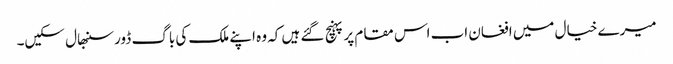
میرے خیال میں افغان اب اس مقام پر پہنچ گئے ہیں کہ وہ اپنے ملک کی باگ ڈور سنبھال سکیں۔